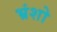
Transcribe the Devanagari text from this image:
भ्रंशो